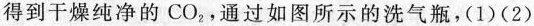
得到干燥纯净的CO_{2}，通过如图所示的洗气瓶，(1)(2)